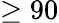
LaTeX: \geq 90